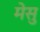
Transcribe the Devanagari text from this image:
मेसु